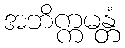
အဘိက္ကမန္တံ